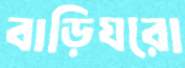
বাড়িঘরো